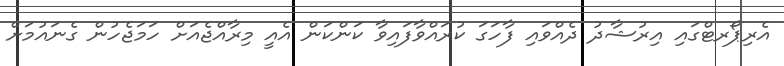
އެރިޕޯރޓްގައި އިރުޝާދު ދެއްވައި ފާހަގަ ކުރައްވާފައިވާ ކަންކަން އެއީ މިރާއްޖެއަށް ހަމަޖެހުން ގެނައުމަށް